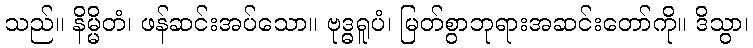
သည်။ နိမ္မိတံ၊ ဖန်ဆင်းအပ်သော။ ဗုဒ္ဓရူပံ၊ မြတ်စွာဘုရားအဆင်းတော်ကို။ ဒိသွာ၊